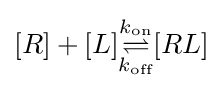
[R]+[L]{\underset {k_{\text{off}}}{\overset {k_{\text{on}}}{\rightleftharpoons }}}[RL]